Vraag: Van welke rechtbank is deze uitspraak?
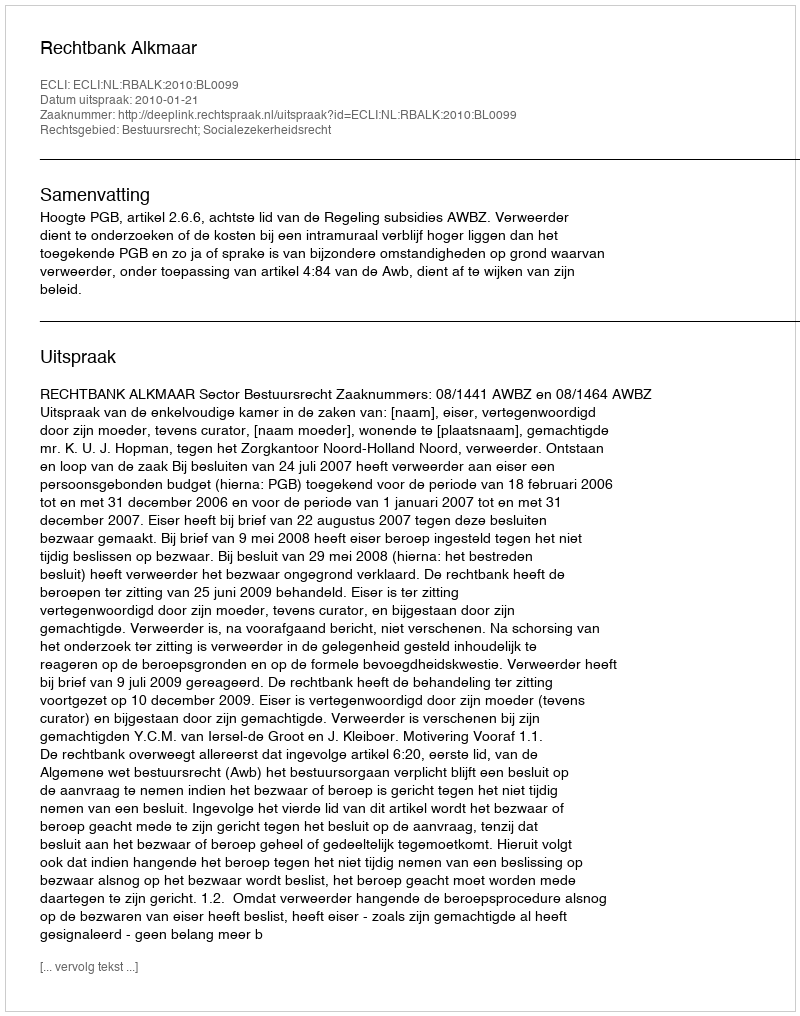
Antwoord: Rechtbank Alkmaar